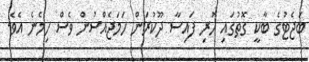
ބަޖެޓުގެ ބާކީ ގޮތުގައި ހުރި ފައިސާ ދޫކުރަން ހަމަޖެއްސުން ވެސް ހިމެނެ އެވެ.